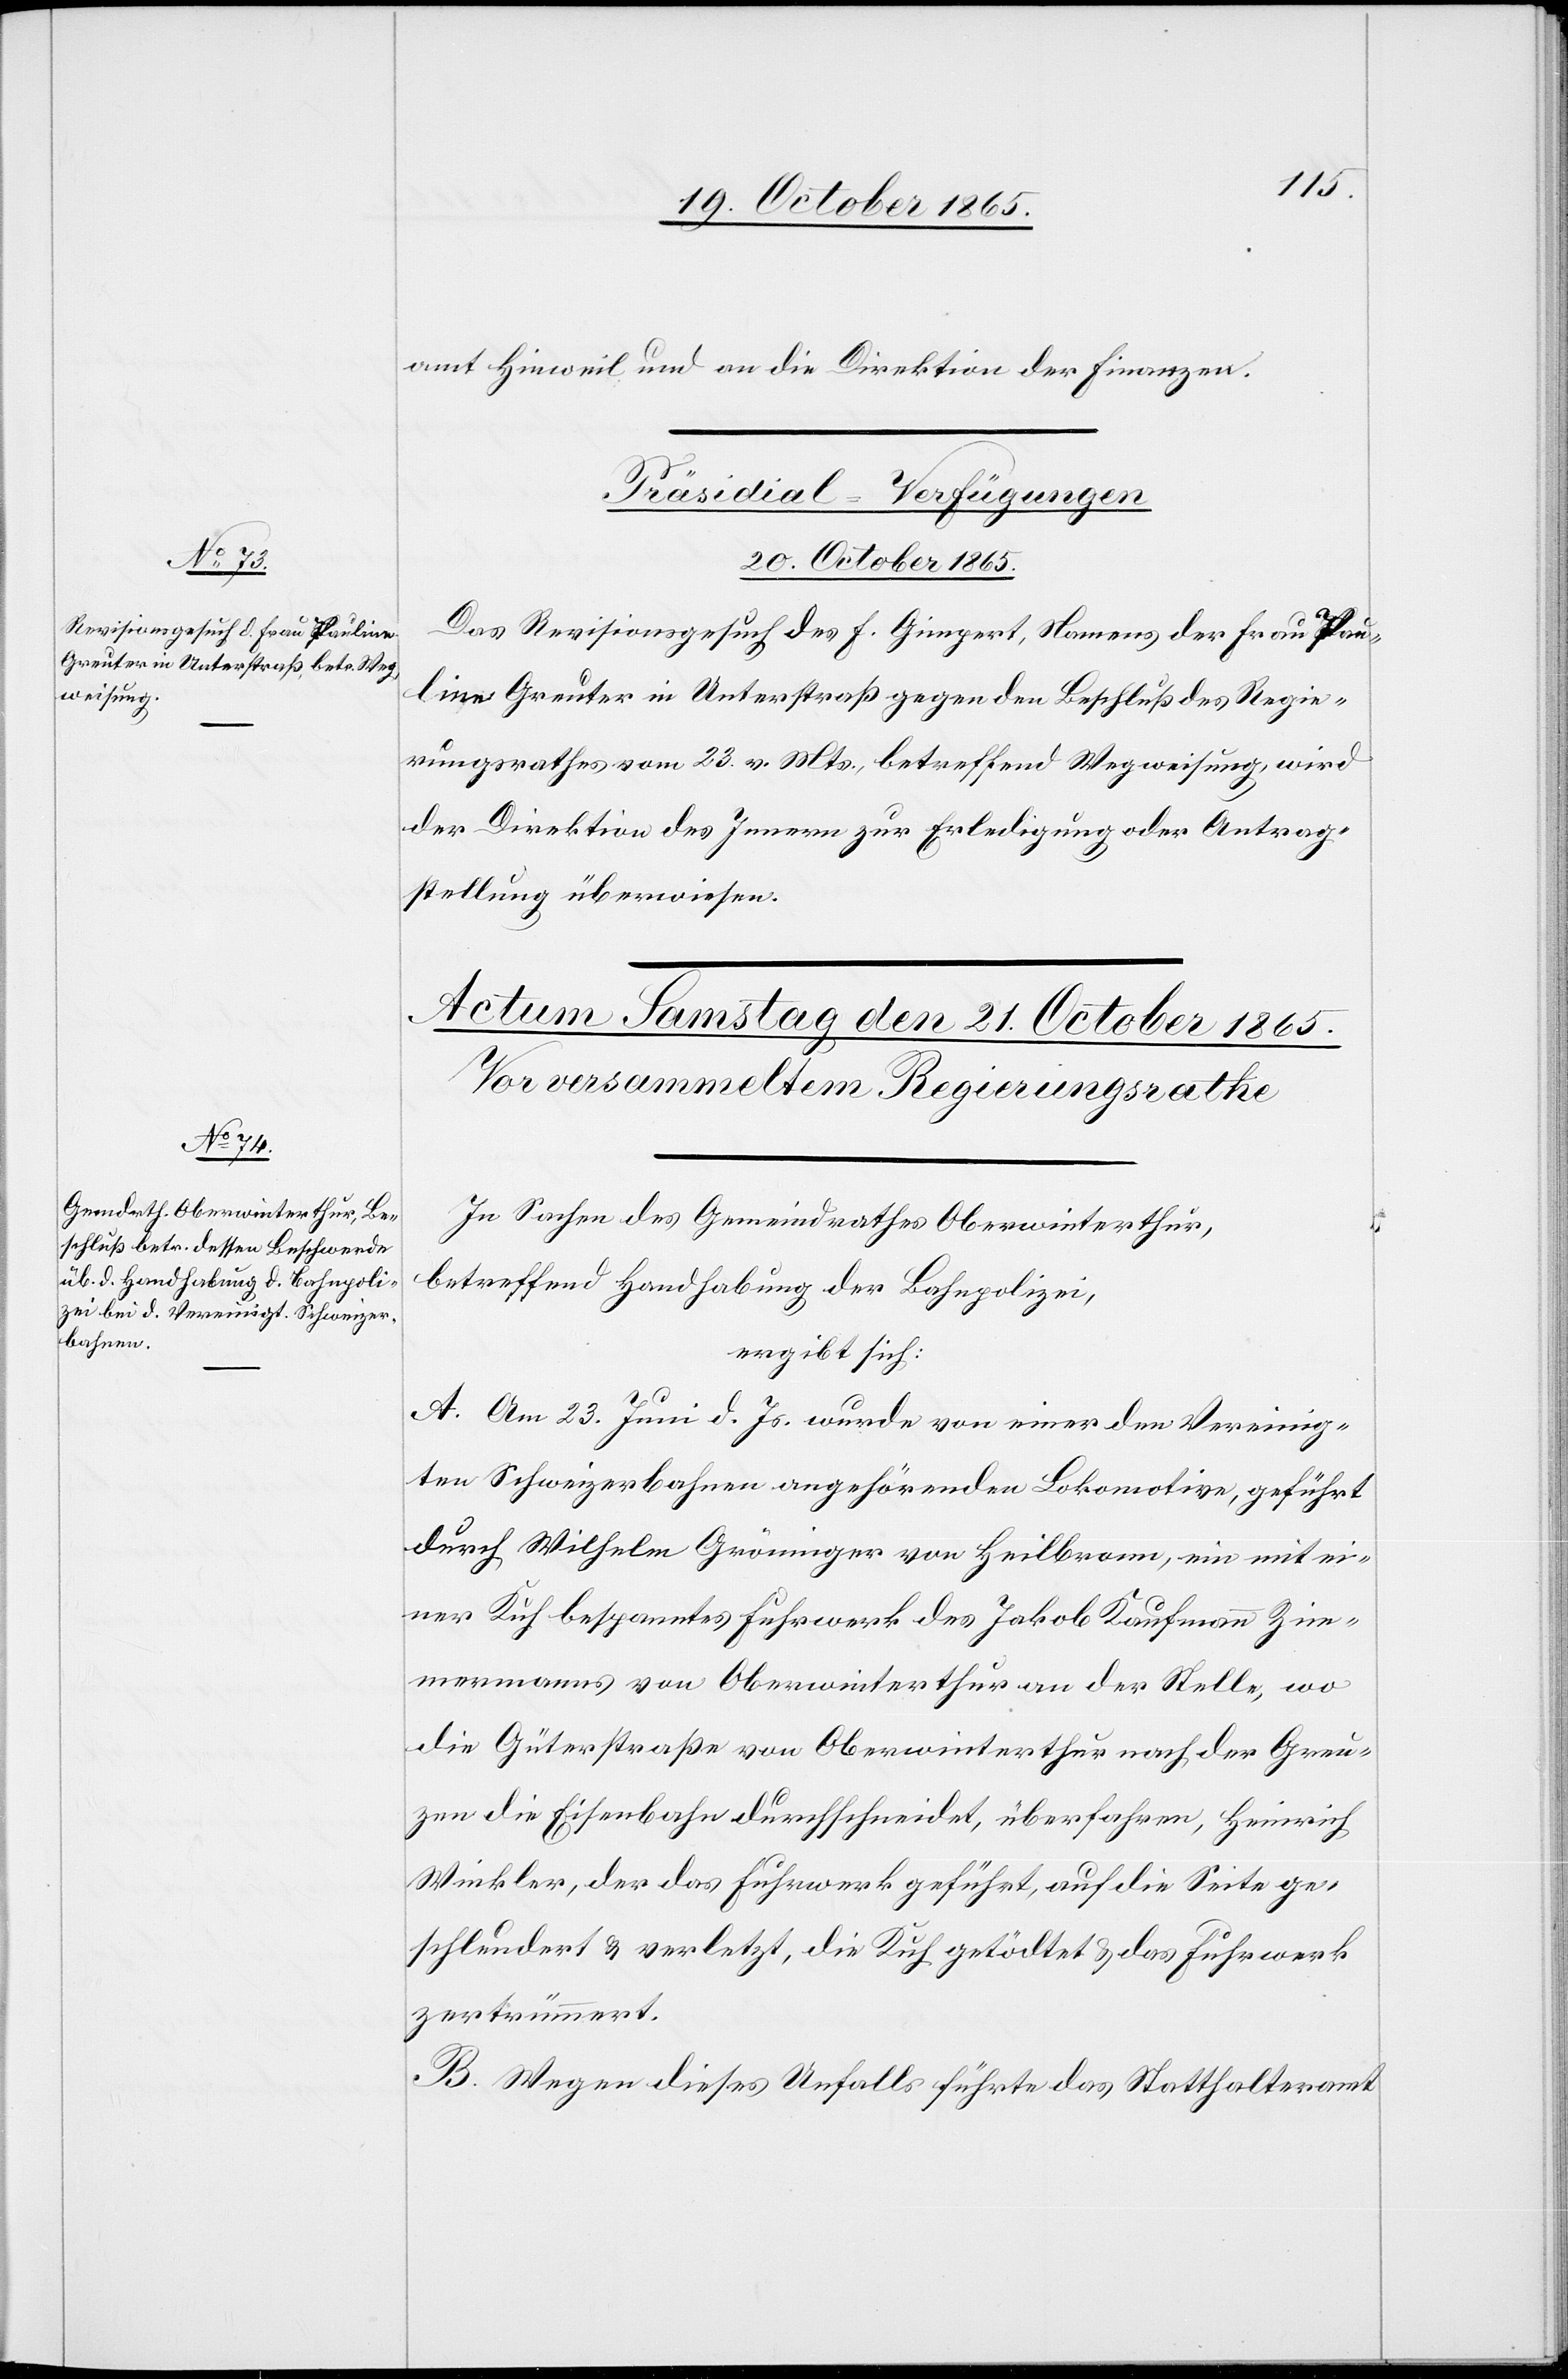
amt Hinweil und an die Direktion der Finanzen.
Präsidial-Verfügungen
20. October 1865.
Das Revisionsgesuch des F. Gimpert, Namens der Frau Pau¬
line Greuter in Unterstraß gegen den Beschluß des Regie¬
rungsrathes vom 23. v. Mts., betreffend Wegweisung, wird
der Direktion des Innern zur Erledigung oder Antrag¬
stellung überwiesen.
In Sachen des Gemeindrathes Oberwinterthur,
betreffend Handhabung der Bahnpolizei,
ergibt sich:
A. Am 23. Juni d. Js. wurde von einer den Vereinig¬
ten Schweizerbahnen angehörenden Lokomotive, geführt
durch Wilhelm Gröninger von Heilbronn, ein mit ei¬
ner Kuh bespanntes Fuhrwerk des Jakob Kaufmann Zim¬
mermanns von Oberwinterthur an der Stelle, wo
die Güterstraße von Oberwinterthur nach der Greu¬
zen die Eisenbahn durchschneidet, überfahren, Heinrich
Winkler, der das Fuhrwerk geführt, auf die Seite ge¬
schleudert & verletzt, die Kuh getödtet & das Fuhrwerk
zertrümmert.
B. Wegen dieses Unfalls führte das Statthalteramt